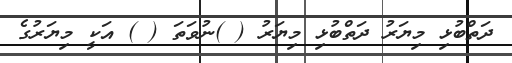
ދަތްބުޅި މިޔަރު ދަތްބުޅި މިޔަރު ( )ނުވަތަ ( ) އަކީ މިޔަރުގެ